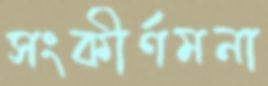
সংকীর্ণমনা